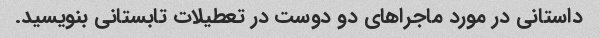
داستانی در مورد ماجراهای دو دوست در تعطیلات تابستانی بنویسید.